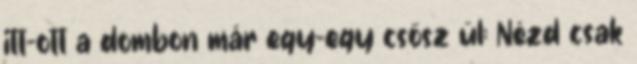
itt-ott a dombon már egy-egy csősz ül: Nézd csak